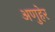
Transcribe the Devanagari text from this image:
अणुहेर